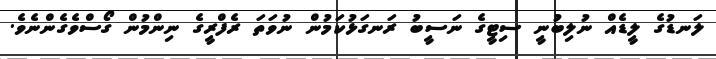
ލަނޑުގެ ލީޑެއް ނުލިބުނީ ސިޓީގެ ނަސީބު ރަނގަޅުކަމުން ނުވަތަ ރެފްރީގެ ނިންމުން ގޯސްވެގެންނެވެ.